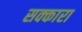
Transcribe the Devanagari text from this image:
सक्कारा